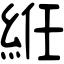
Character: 絍